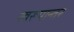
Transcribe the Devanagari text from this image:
स्वरूपान्तर